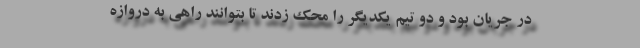
در جریان بود و دو تیم یکدیگر را محک زدند تا بتوانند راهی به دروازه